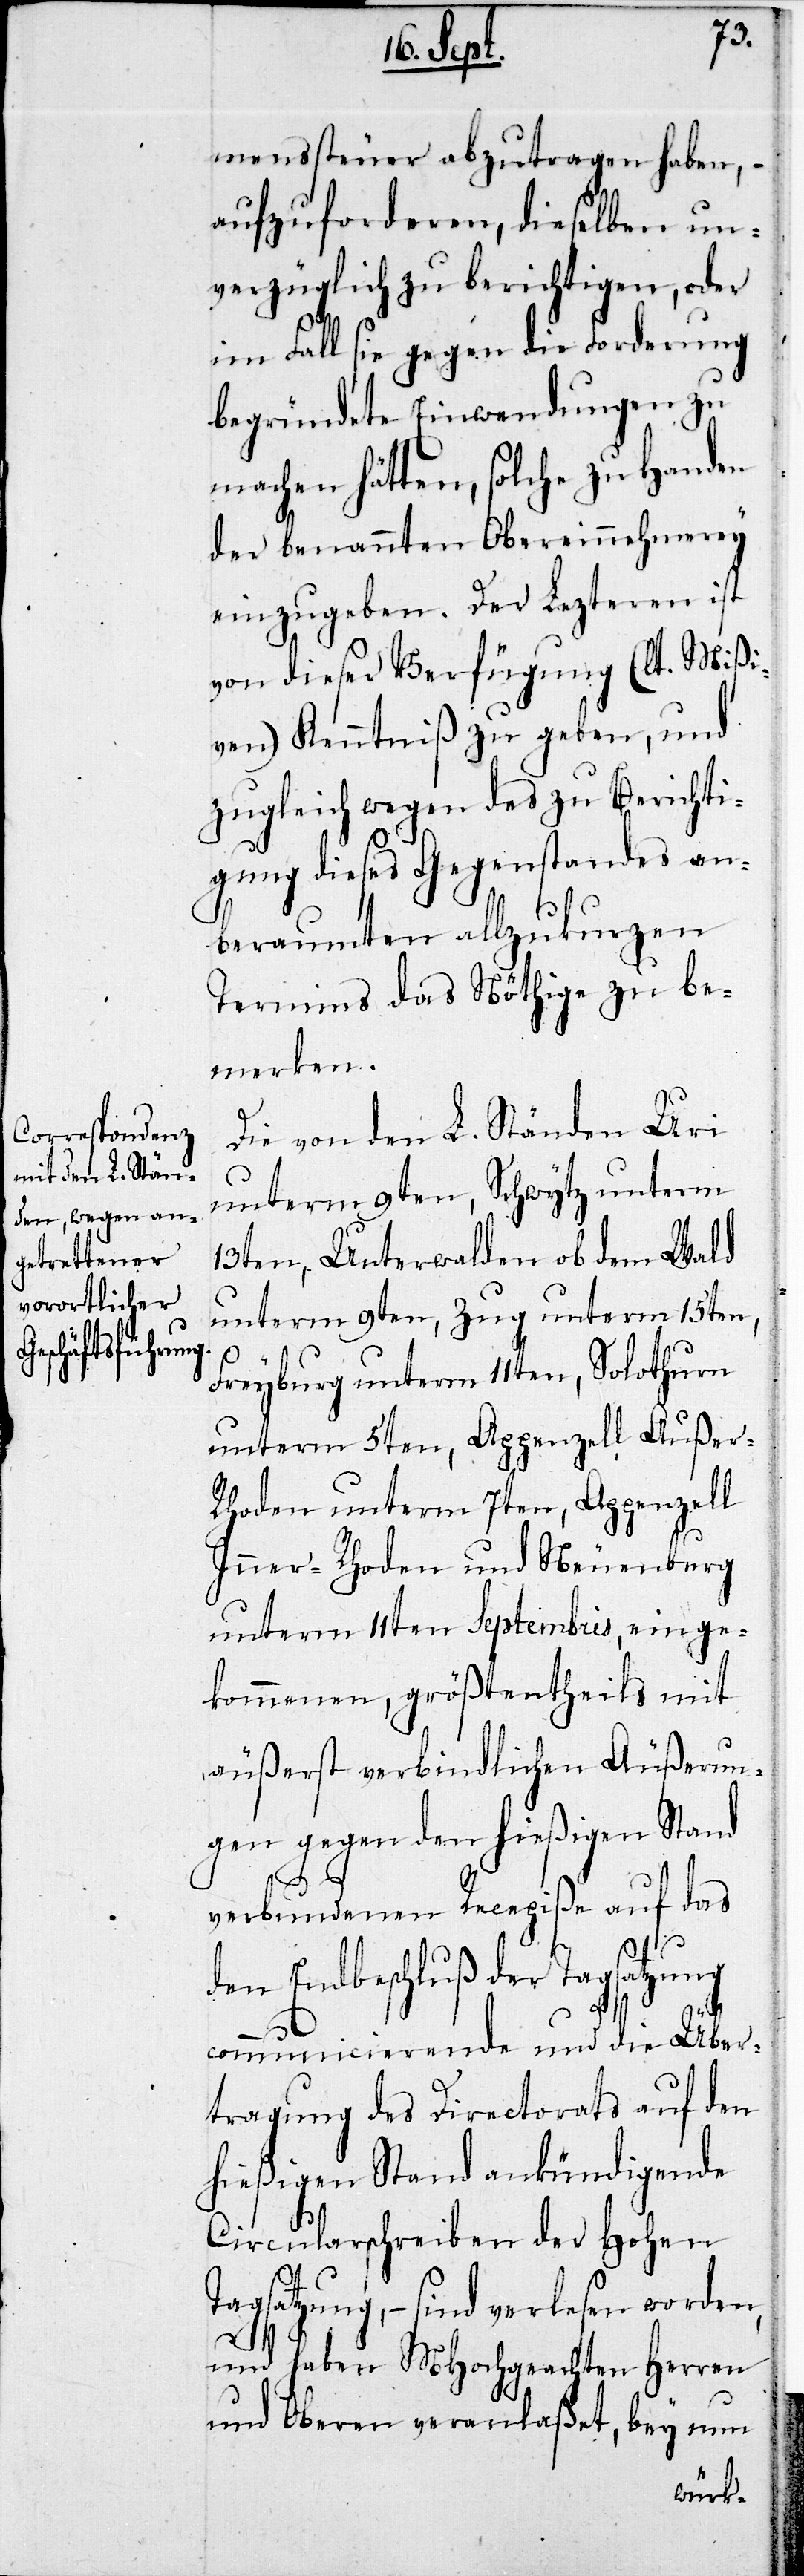
menssteuer abzutragen haben, –
aufzuforderen, dieselben un¬
verzüglich zu berichtigen, oder
im Fall sie gegen die Forderung
begründete Einwendungen zu
machen hätten, solche zu Handen
der benannten Obereinnehmerey
einzugeben. Der Lezteren ist
von dieser Verfügung (lt. Mißi¬
ven) Kenntniß zu geben, und
zugleich wegen des zu Berichti¬
gung dieses Gegenstandes an¬
beraumten allzukurzen
Termins das Nöthige zu be¬
merken.
Die von den L. Ständen Uri
unterm 9ten, Schwytz unterm
13ten, Unterwalden ob dem Wald
unterm 9ten, Zug unterm 15ten,
Freyburg unterm 11ten, Solothurn
unterm 5ten, Appenzell Außer-R¬
hoden unterm 7ten, Appenzell
Inner-Rhoden und Neuenburg
unterm 11ten Septembris, einge¬
kommenen, größtentheils mit
äußerst verbindlichen Äußerun¬
gen gegen den hießigen Stand
verbundenen Recepiße auf das
den Endbeschluß der Tagsatzung
communicierende und die Über¬
tragung des Directorats auf den
hießigen Stand ankündigende
T¬
Circularschreiben der Hohen
agsatzung, – sind verlesen worden,
und haben MHochgeachten Herren
und Oberen veranlaßet, beym nun